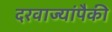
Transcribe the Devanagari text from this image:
दरवाज्यांपैकी